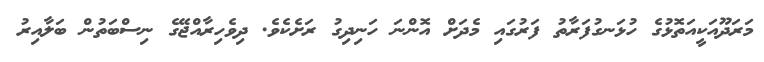
މަރަދޫއަކީއަތޮޅުގެ ހުޅަނގުފަރާތު ފަރުގައި މެދަށް އޮންނަ ހަނިދިގު ރަށެކެވެ. ދިވެހިރާއްޖޭގެ ނިސްބަތުން ބަލާއިރު